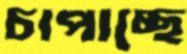
চাপাচ্ছে